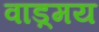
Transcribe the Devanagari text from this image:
वाड़्मय